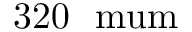
3 2 0 ~ \mathrm { \ m u m }